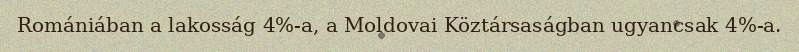
Romániában a lakosság 4%-a, a Moldovai Köztársaságban ugyancsak 4%-a.